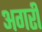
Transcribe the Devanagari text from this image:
अगरी